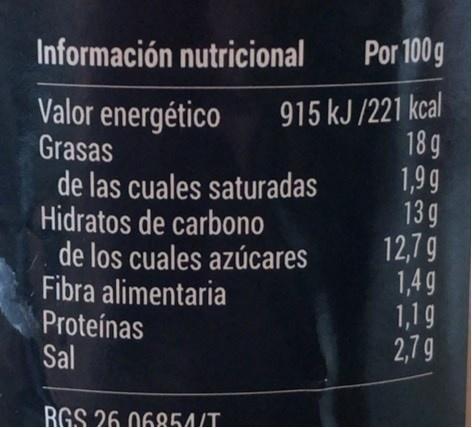
Información nutricional
Por 100g
915 kJ /221 kcal 18 g 1,9 g 13g 12,79 1,4 9 1,19 2,79
Valor energético Grasas
de las cuales saturadas Hidratos de carbono de los cuales azúcares Fibra alimentaria Proteínas Sal
RGS 26.068G//T